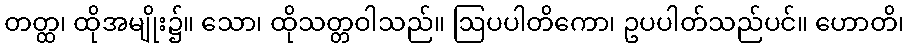
တတ္ထ၊ ထိုအမျိုး၌။ သော၊ ထိုသတ္တဝါသည်။ ဩပပါတိကော၊ ဥပပါတ်သည်ပင်။ ဟောတိ၊